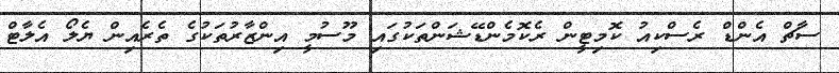
ސާޗް އެންޑް ރެސްކިއު ކޮމިޓީން ރެކޮމެންޑޭޝަންތަކުގައި މޫސުމީ އިންޒާރުތަކުގެ ތެރެއިން ޔެލޯ އެލާޓް